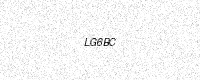
Text: LG6BC